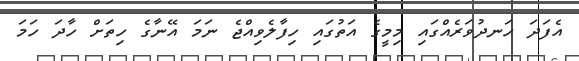
އެފަދަ ހަނދުވަރެއްގައި މިމީގެ އަތުގައި ހިފާލެވިއްޖެ ނަމަ އޭނާގެ ހިތަށް ހާދަ ހަމަ